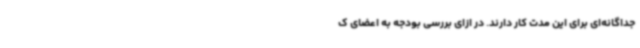
جداگانه‌ای برای این مدت کار دارند. در ازای بررسی بودجه به اعضای ک